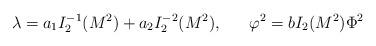
LaTeX: \begin{align*}\lambda=a_1I^{-1}_2(M^2)+a_2I^{-2}_2(M^2), \ \ \ \ \ \varphi^2=bI_2(M^2)\Phi^2\end{align*}